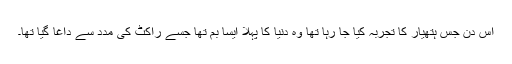
اس دن جس ہتھیار کا تجربہ کیا جا رہا تھا وہ دنیا کا پہلا ایسا بم تھا جسے راکٹ کی مدد سے داغا گیا تھا۔